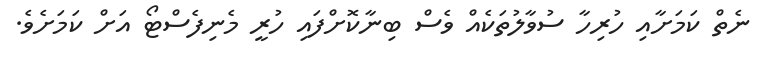
ނެތް ކަމަށާއި ހުރިހާ ސުވާލުތަކެއް ވެސް ބިނާކޮށްފައި ހުރީ މެނިފެސްޓޯ އަށް ކަމަށެވެ.